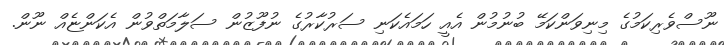
ނޫސްވެރިކަމުގެ މިނިވަންކަމޭ ބުނުމުން އެއީ ހަމައެކަނި ސަރުކާރުގެ ނުފޫޒުން ސަލާމަތްވުން އެކަންޏެއް ނޫން.